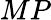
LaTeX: MP